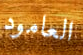
العامود